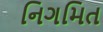
નિગમિત